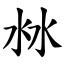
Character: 沝